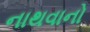
નાથવાનો